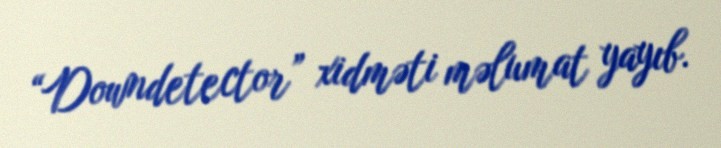
“Downdetector” xidməti məlumat yayıb.